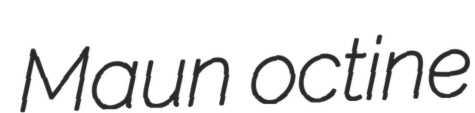
Maun octine